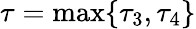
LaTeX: \tau=\operatorname*{max}\{ \tau_{3},\tau_{4}\}